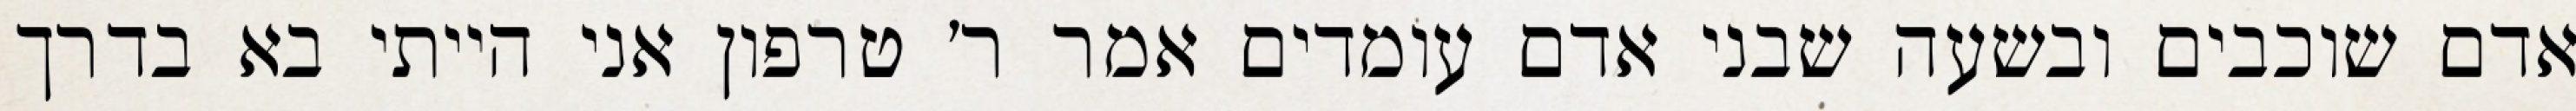
אדם שוכבים ובשעה שבני אדם עומדים אמר ר׳ טרפון אני הייתי בא בדרך